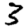
Digit: 3